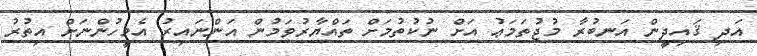
އަދި ޤައިދީން އަނބުރާ މުޖުތަމަޢު އަށް ނުކުތުމަށް ތައްޔާރުވަމުން އަންނައިރު އެމީހުންނަށް އިތުރު